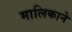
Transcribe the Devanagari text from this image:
मालिकाने